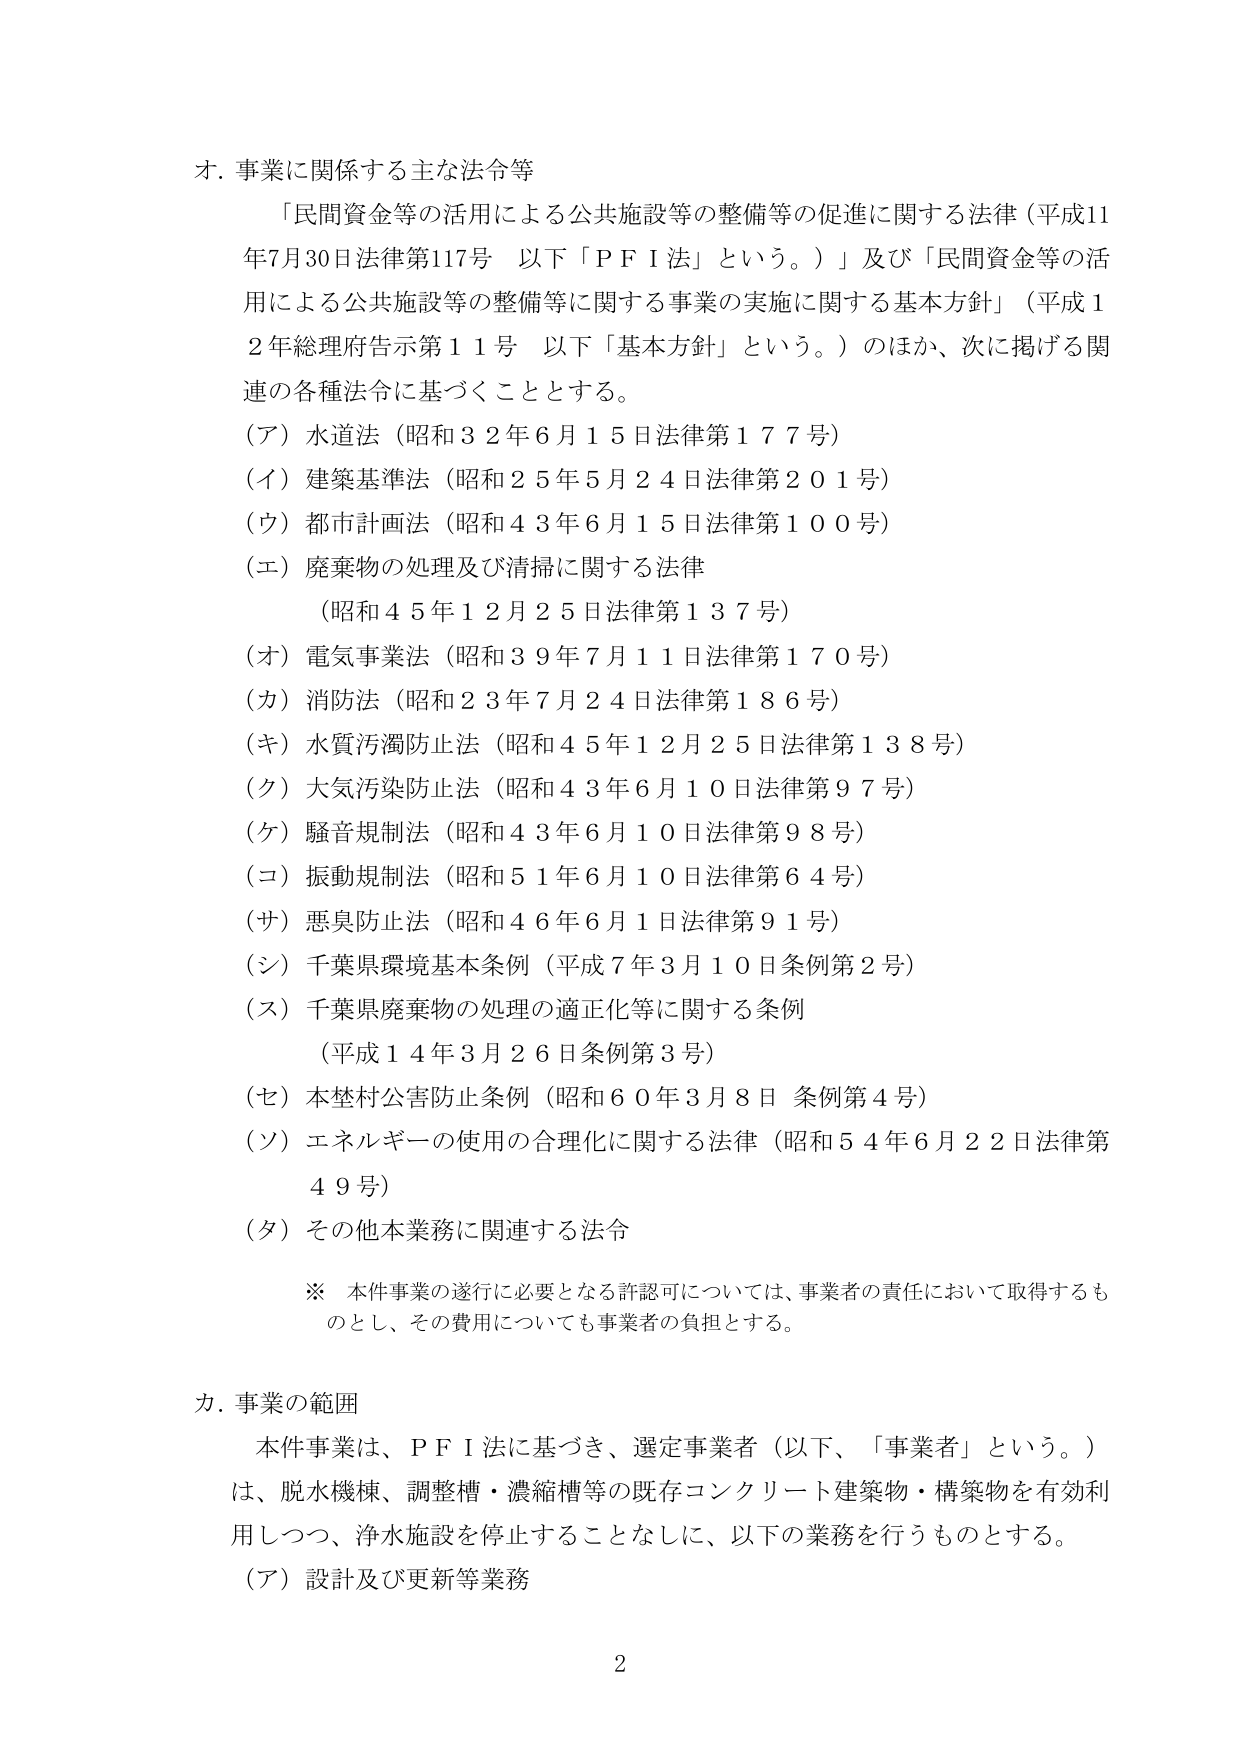
オ．事業に関係する主な法令等
「民間資金等の活用による公共施設等の整備等の促進に関する法律（平成11年7月30日法律第117号 以下「ＰＦＩ法」という。）」及び「民間資金等の活用による公共施設等の整備等に関する事業の実施に関する基本方針」（平成12年総理府告示第11号 以下「基本方針」という。）のほか、次に掲げる関連の各種法令に基づくこととする。
（ア）水道法（昭和32年6月15日法律第177号）
（イ）建築基準法（昭和25年5月24日法律第201号）
（ウ）都市計画法（昭和43年6月15日法律第100号）
（エ）廃棄物の処理及び清掃に関する法律
　　（昭和45年12月25日法律第137号）
（オ）電気事業法（昭和39年7月11日法律第170号）
（カ）消防法（昭和23年7月24日法律第186号）
（キ）水質汚濁防止法（昭和45年12月25日法律第138号）
（ク）大気汚染防止法（昭和43年6月10日法律第97号）
（ケ）騒音規制法（昭和43年6月10日法律第98号）
（コ）振動規制法（昭和51年6月10日法律第64号）
（サ）悪臭防止法（昭和46年6月1日法律第91号）
（シ）千葉県環境基本条例（平成7年3月10日条例第2号）
（ス）千葉県廃棄物の処理の適正化等に関する条例
　　（平成14年3月26日条例第3号）
（セ）本埜村公害防止条例（昭和60年3月8日 条例第4号）
（ソ）エネルギーの使用の合理化に関する法律（昭和54年6月22日法律第49号）
（タ）その他本業務に関連する法令

※ 本件事業の遂行に必要となる許認可については、事業者の責任において取得するものとし、その費用についても事業者の負担とする。

カ．事業の範囲
本件事業は、ＰＦＩ法に基づき、選定事業者（以下、「事業者」という。）は、脱水機棟、調整槽・濃縮槽等の既存コンクリート建築物・構築物を有効利用しつつ、浄水施設を停止することなしに、以下の業務を行うものとする。
（ア）設計及び更新等業務

2